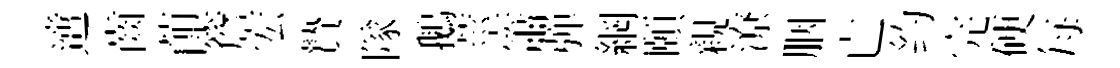
𨗁齒莭簷宏贄隊鵝莖簫弹網頤親潦胭亡约完硬每